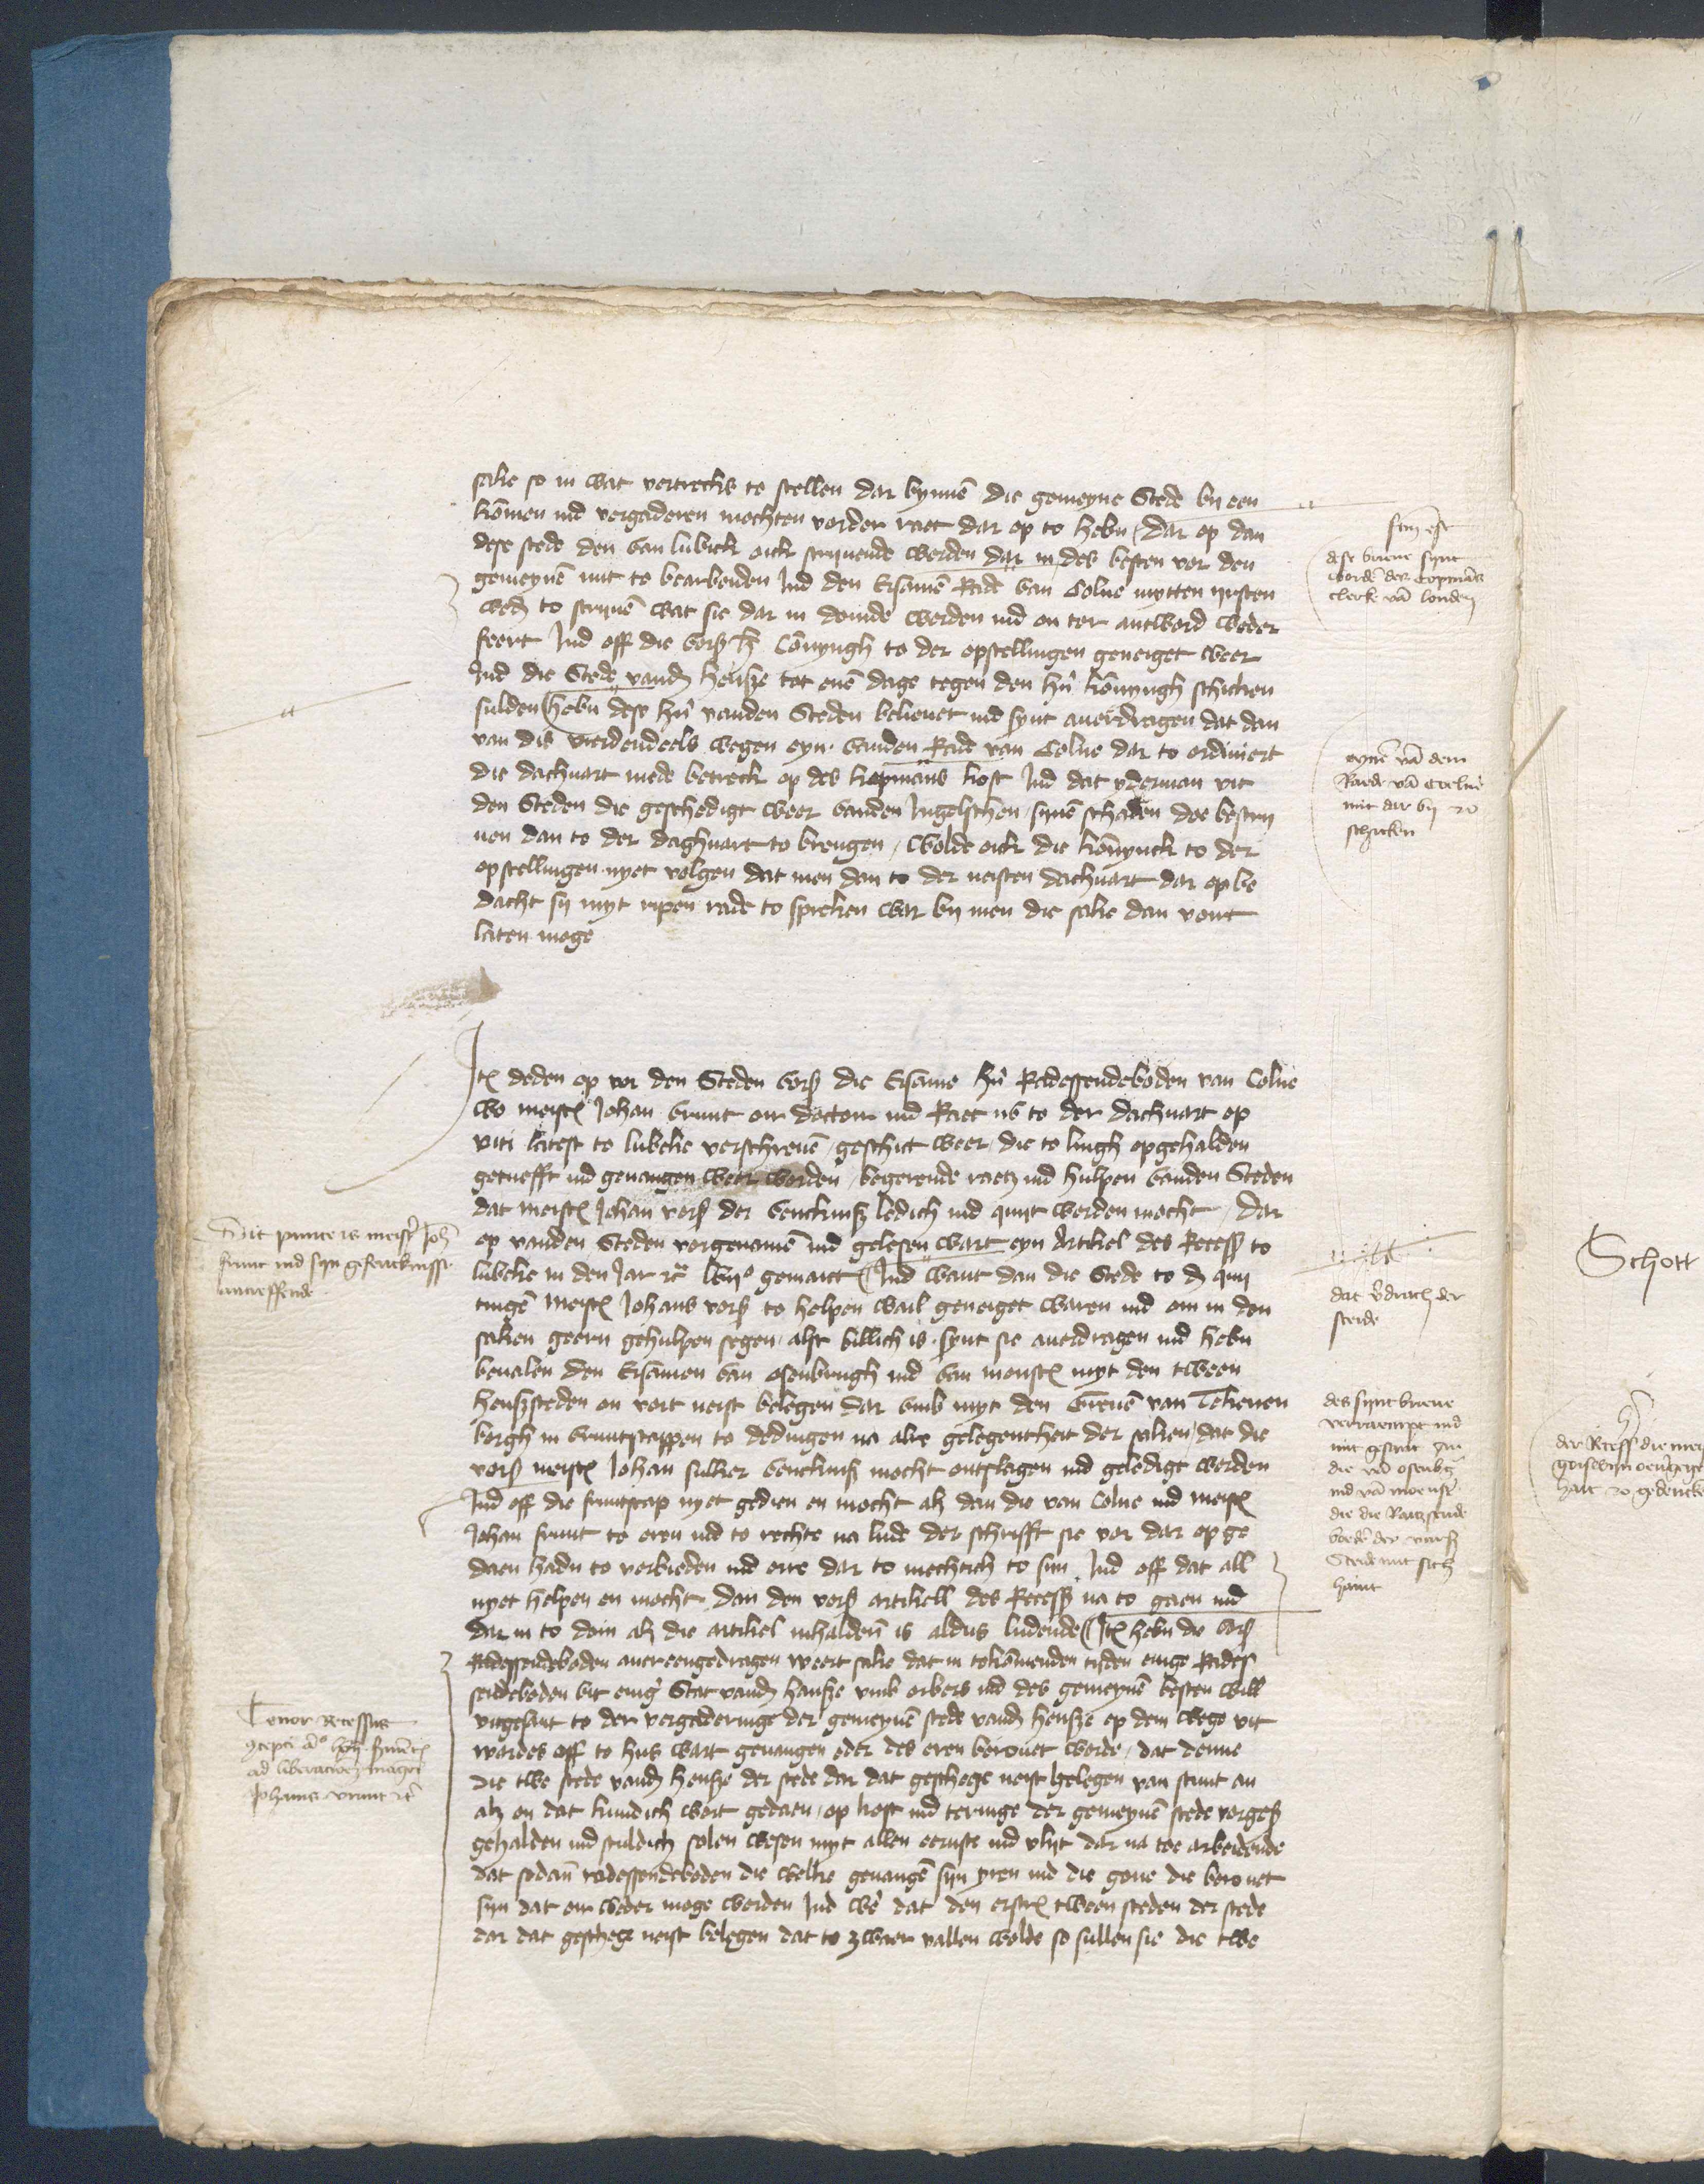
sake so in wat vortrecks to stellen dar bynnen die gemeyne Stede by een
kommen ind vorgaderen mochten vorder raet dar op to heben, dar op dan
dese stede den van Lubick oick scriuende worden dat in des besten vor den
gemeynen nut to bearbeiden Jnd den Ersamen Rade van Colne mytten ijrsten
weder to scriuen wat sie dar in donde werden ind en tor antword weder
feert Jnd off die vorscreuen Connyngh to der opstellingen geneiget weer
Jnd die Stede vander henze tot enen dage tegen den hern konnyngh schicken
sulden heben des hir vanden Steden beleuet ind synt auordragen dat dan
van des vordendeels wegen eyn vanden Rade van Colne dar to ordinert
die dachuart mede betrecken op des kopmans kost Jnd dat yderman vir
den Steden die geschedigt weer vanden Jngelschen synen schaden dar bescrj¬
uen dan to der dachuart to brengen, wolde oick die konnynck to der
op stellingen nyet volgen dat men den to der nersten dachuart dar op be¬
dacht sy myt repen rade to spreken war bij men de sake dan vort¬
laten moge

sen ist
dese binne syne
worden des copmans
clerik van Londen

eynen van dem
Raede van coelne
mit dar by to
schicken

Jtem deden op vor den Steden vorscreuen de Ersame hern Radessendeboden van Colne
wo meister Johan Vrunt en doctor ind Ratt nv to der dachuart op
viti latest to Lubeke vorschreuen, geschict weer die to Lingh opgehalden
geruefft ind geuangen were worden, begerende nach raetz ind hulpen vanden Steden
dat meister Johan vorscreuen der vencknisse ledich ind quitt worden mocht, dar
op vanden Steden vorgenomen vnd gelesen wart eyn Artikel des Recesses to
Lubeke in den Jar etcetera lvijo gemaiet Jnd want dan die Stede to den quij¬
tingen meisters Johans vorscreuen to helpen wail geneiget waren ind em in den
saken geern gehulpen segen, als billich is synt sie auerdragen ind heben
beuolen den Ersamen van Osenbrugk ind van Monster myt den tween
henszsteden on voirt neist belegen dar vmb myt den Greuen van Tekenen¬
borg in vruntscappen to dedingen na alse gelegentheit der saken dat die
vorscreuen meijster Johan sulker vencknis mocht entslagen ind geledigt worden
Jnd off die fruntscap nyet gedien en mocht alz dan die von Colne ind meister
Johan Frunt to eren ind to rechte na lude der schrifft sie vor dar op ge¬
daen haden to vorbieden ind orre dar to mechtich to syn Jnd off dat all
nyet helpen en mochte dan den vorscreuen artikell des Recesses na to gaen ind
dar in to doin alz die artikel inhaldenen is aldus ludende Jtem heben die vorscreuen
Radessendeboden auereengedragen weert sake dat in tokommenden tyden enige Rades¬
sendeboden vit eniger Stat vander Hanse vmb orbers ind des gemeynen besten will
vngesant to der vorgederinge der gemeynen stede vander hense op dem wege vit
wordes off to hus wart geuangen oder des eren berouet worde, dat denne
die twe stede vander Hanse der stede dar dat geschege neist gelegen van stunt an
alz en dat hindich wort gedaen, op trost ind teringe der gemeynen stede vorgescreuen
gehalden ind sculdich solen wesen myt allen eernste ind vlyt dar na toe arbeidende
dat sodane radessendeboden die welke geuangen syn yren ind die gene die berouet
syn dat em weder moge worden Jnd were dat den erscreuen tween steden der stede
dar dat geschege neist belegen dat to zwer vallen wolde so sullen sie die twe

Dit puncte is meister Johan
scriue ind syn gefencknisse
antreffende,

ener Recessus
conrepri anno lxvij synen
ad vberawer tage
Johanis Frunt etcetera

dat verdrach der
steie

des synt breue,
verraempend ind
mit gesant An
die van Osenbrugge
ind van Moenster
die die Ratssende¬
boeden der vorscreuen
Stede mit sich
hauet